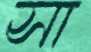
সা